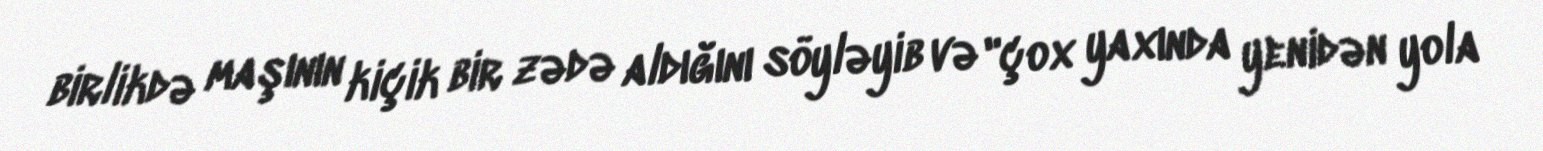
birlikdə maşının kiçik bir zədə aldığını söyləyib və "çox yaxında yenidən yola